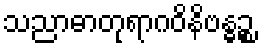
သညာဓာတုရာဂဝိနိဗန္ဓဉ္စ